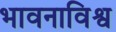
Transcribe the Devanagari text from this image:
भावनाविश्व